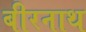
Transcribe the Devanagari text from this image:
बीरनाथ